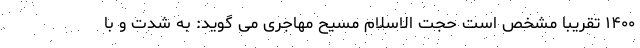
۱۴۰۰ تقریبا مشخص است حجت الاسلام مسیح مهاجری می گوید: به شدت و با